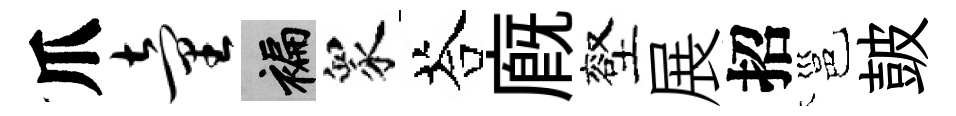
爪童褊衆荅廐壑展招邕皷